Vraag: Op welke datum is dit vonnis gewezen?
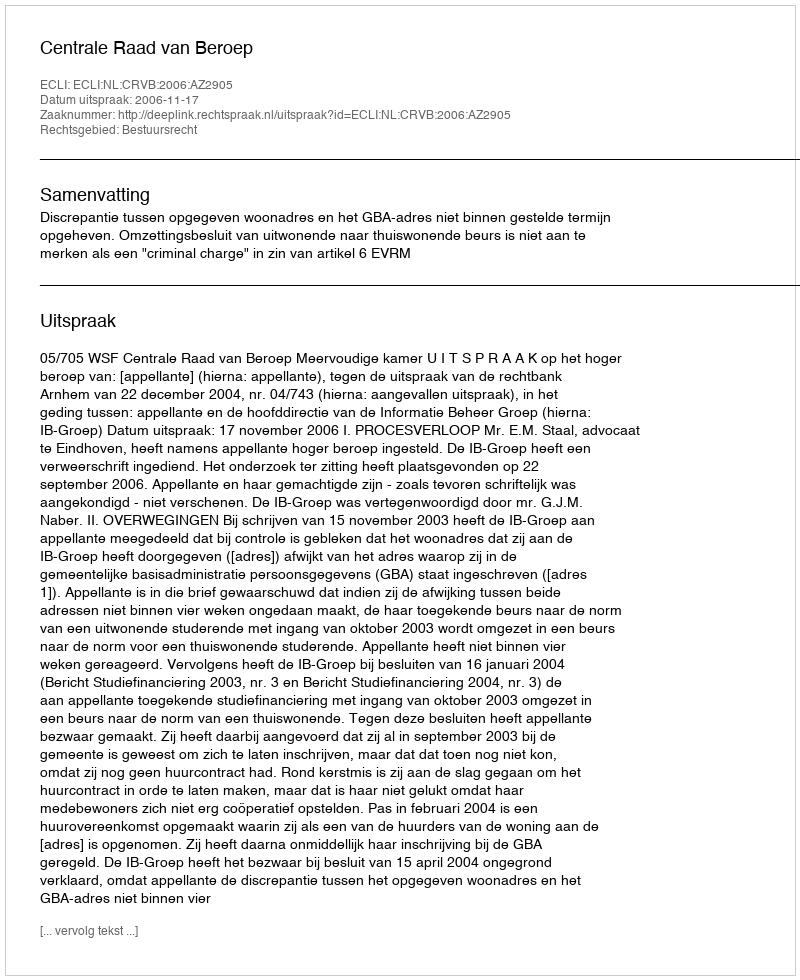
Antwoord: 2006-11-17